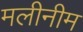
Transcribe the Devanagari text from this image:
मलीनीम